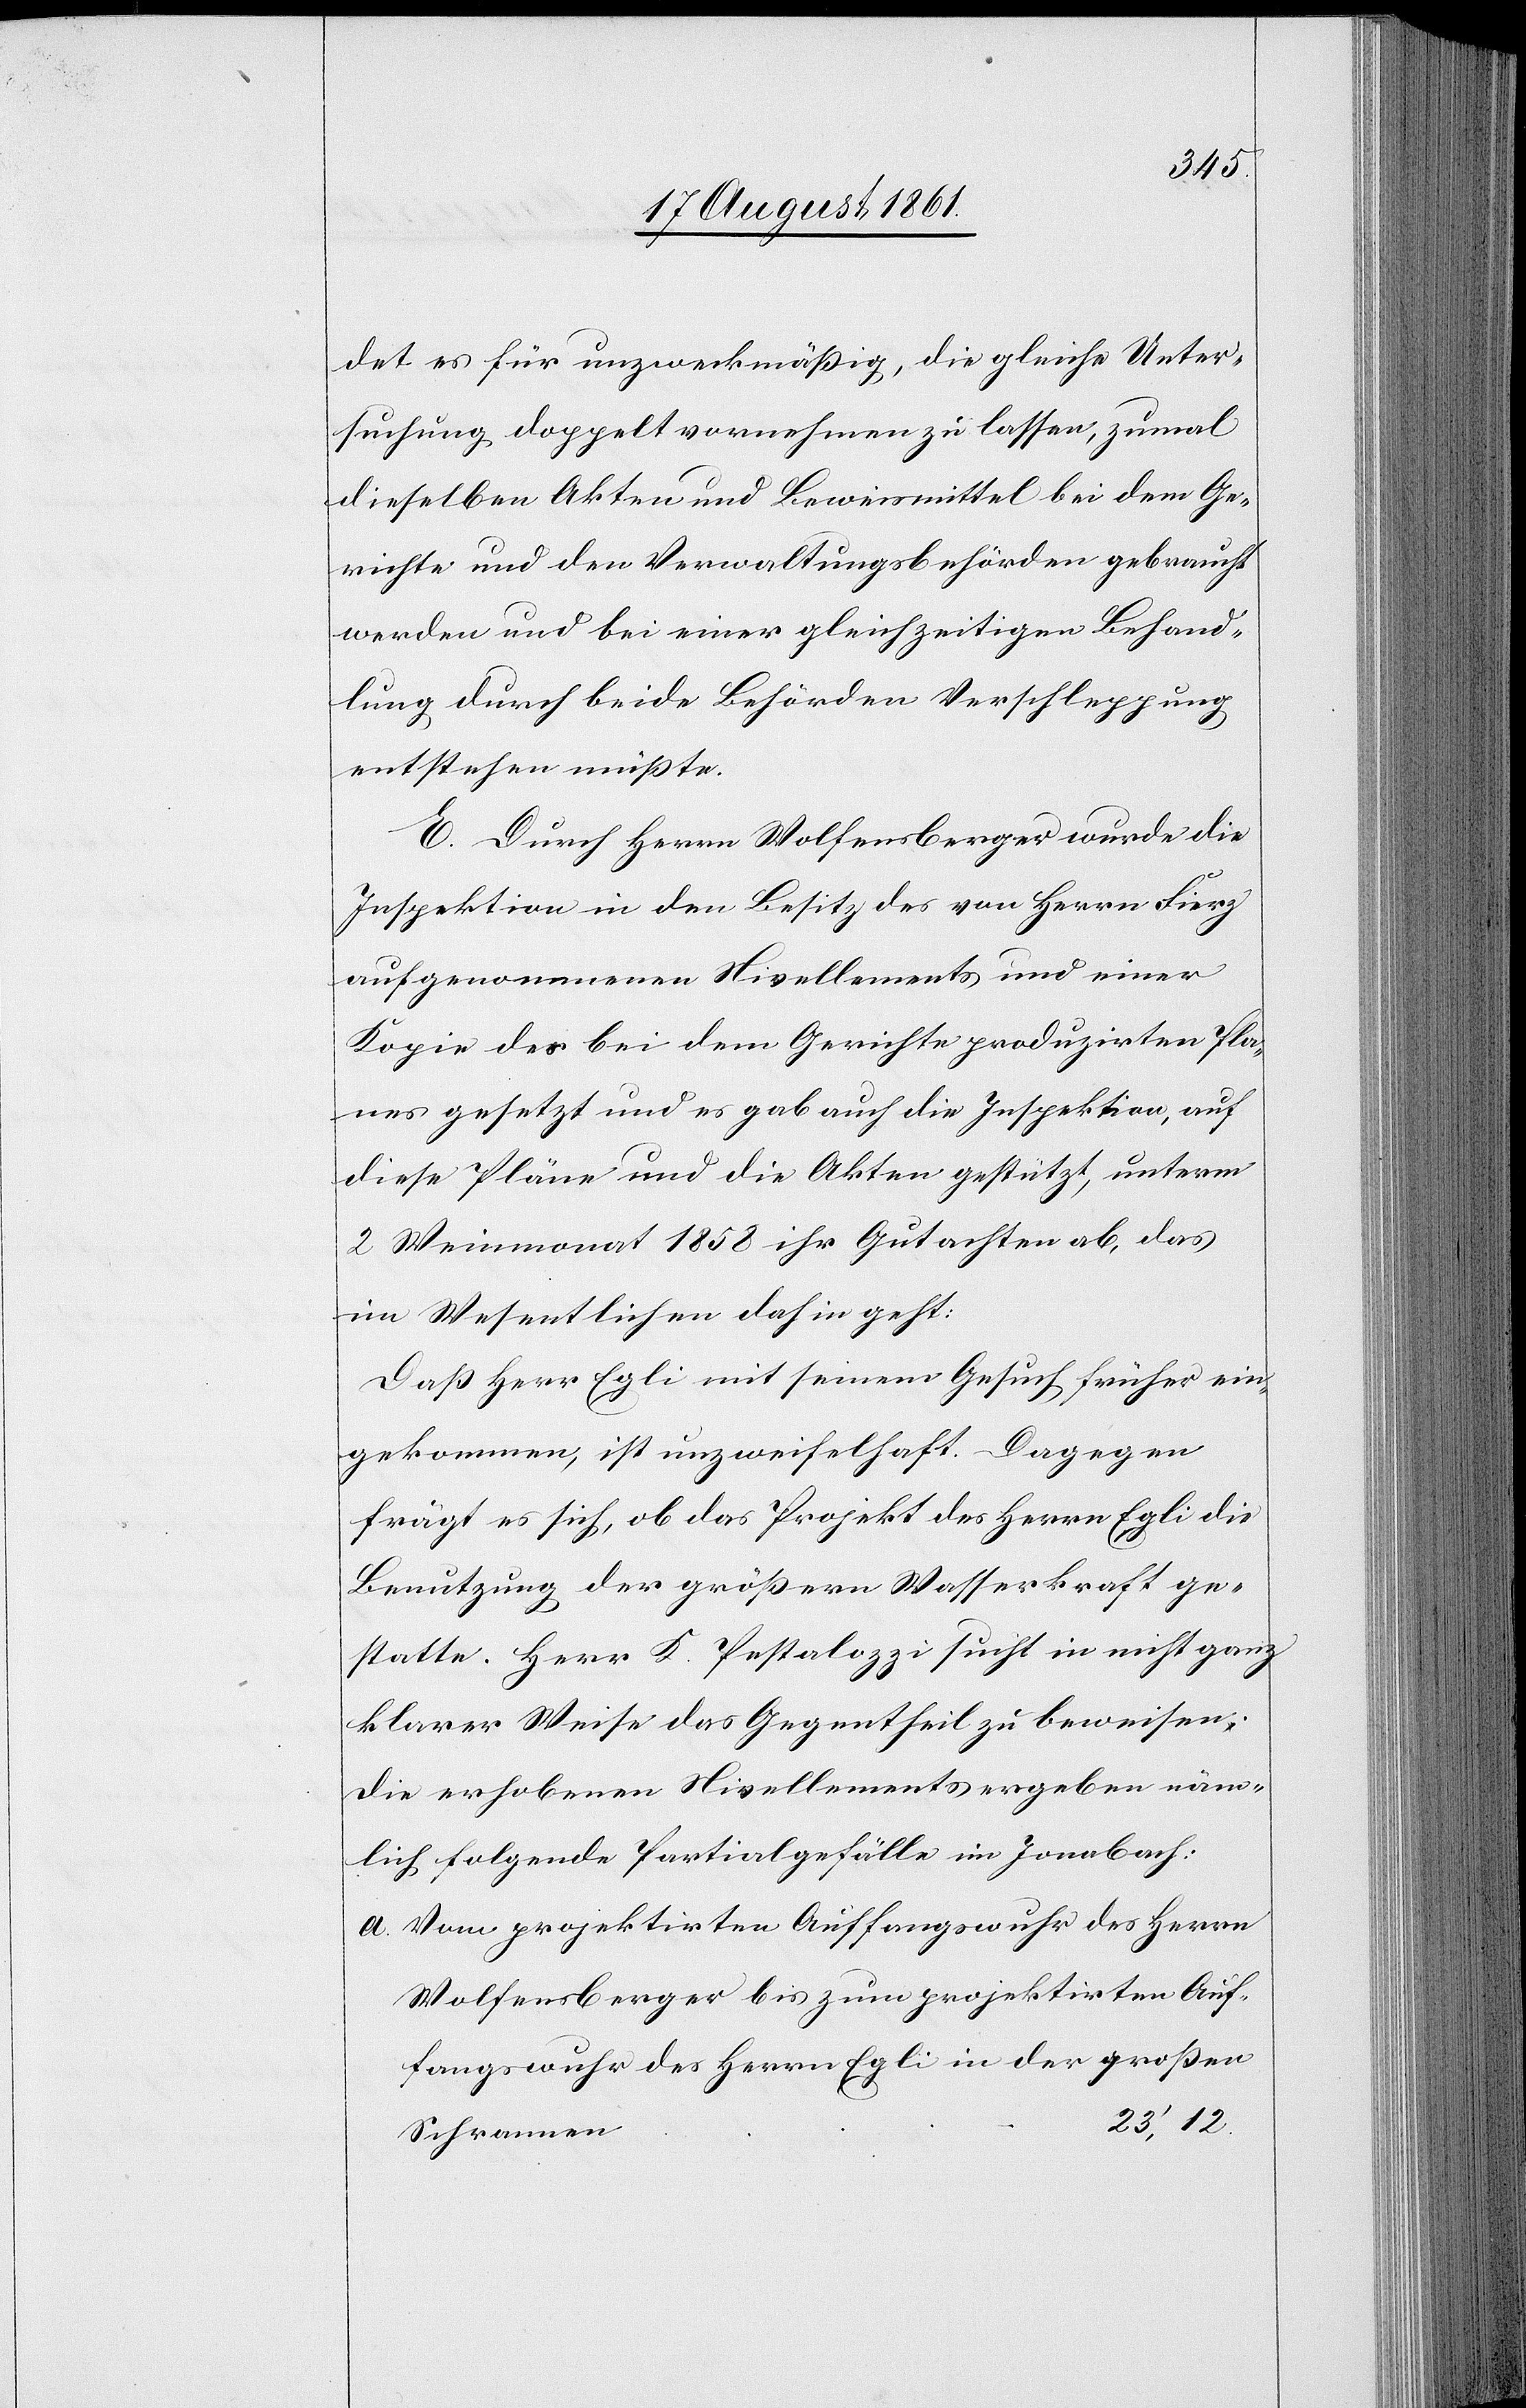
det es für unzweckmäßig, die gleiche Unter¬
suchung doppelt vornehmen zu lassen, zumal
dieselben Akten und Beweismittel bei dem Ge¬
richte und den Verwaltungsbehörden gebraucht
werden und bei einer gleichzeitigen Behand¬
lung durch beide Behörden Verschleppung
entstehen müßte.
E. Durch Herrn Wolfensberger wurde die
Inspektion in den Besitz des von Herrn Fierz
aufgenommenen Nivellements und einer
Kopie des bei dem Gerichte produzirten Pla¬
nes gesetzt und es gab auch die Inspektion, auf
diese Pläne und die Akten gestützt, unterm
2 Weinmonat 1858 ihr Gutachten ab, das
im Wesentlichen dahin geht:
Daß Herr Egli mit seinem Gesuch früher ein¬
gekommen, ist unzweifelhaft. Dagegen
frägt es sich, ob das Projekt des Herrn Egli die
Benutzung der größern Wasserkraft ge¬
statte. Herr K. Pestalozzi sucht in nicht ganz
klarer Weise das Gegentheil zu beweisen;
die erhobenen Nivellements ergeben näm¬
lich folgende Partialgefälle im Jonabach:
a. Vom projektirten Auffangswuhr des Herrn
Wolfensberger bis zum projektirten Auf¬
fangswuhr des Herrn Egli in der großen